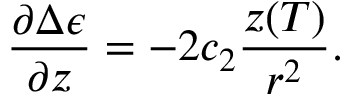
\frac { \partial \Delta \epsilon } { \partial z } = - 2 c _ { 2 } \frac { z ( T ) } { r ^ { 2 } } .